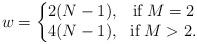
LaTeX: \begin{align*}w=\left\lbrace\begin{matrix}2(N-1), & \mbox{if} \; M=2 \\4(N-1), & \mbox{if} \; M>2.\end{matrix} \right.\end{align*}